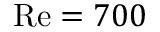
\ensuremath { \mathrm { R e } } { } = 7 0 0